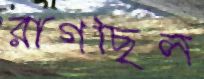
রাগছিল